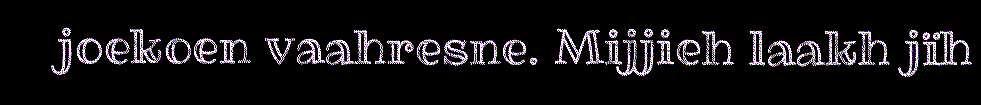
joekoen vaahresne. Mijjieh laakh jïh